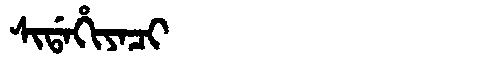
Manchu: ᠰᡳᡩᠠᡥᡳᠶᠠᠴᡳ
Romanization: SIDAHIYACI